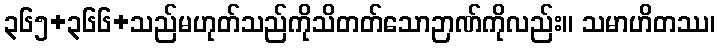
၃၆၅+၃၆၆+သည်မဟုတ်သည်ကိုသိတတ်သောဉာဏ်ကိုလည်း။ သမာဟိတဿ၊